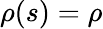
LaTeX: \rho(s)=\rho